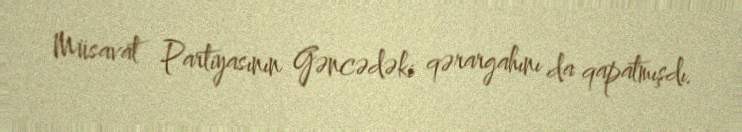
Müsavat Partiyasının Gəncədəki qərargahını da qapatmışdı.